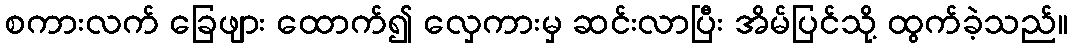
စကားလက် ခြေဖျား ထောက်၍ လှေကားမှ ဆင်းလာပြီး အိမ်ပြင်သို့ ထွက်ခဲ့သည်။